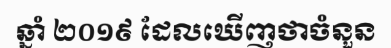
ឆ្នាំ ២០១៩ ដែលឃើញថាចំនួន